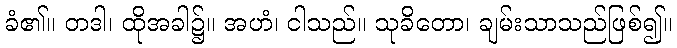
ခံ၏။ တဒါ၊ ထိုအခါ၌။ အဟံ၊ ငါသည်။ သုခိတော၊ ချမ်းသာသည်ဖြစ်၍။